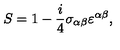
S = 1 - \frac { i } { 4 } \sigma _ { \alpha \beta } \varepsilon ^ { \alpha \beta } ,